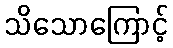
သိသောကြောင့်